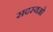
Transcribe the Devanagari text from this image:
सदस्यओ